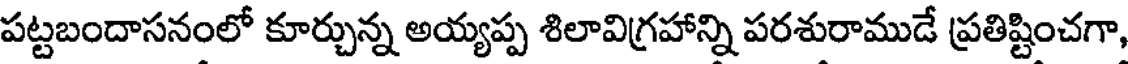
పట్టబందాసనంలో కూర్చున్న అయ్యప్ప శిలావిగ్రహాన్ని పరశురాముడే ప్రతిష్టించగా,